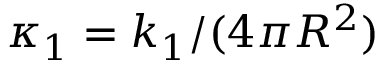
\kappa _ { 1 } = k _ { 1 } / ( 4 \pi R ^ { 2 } )